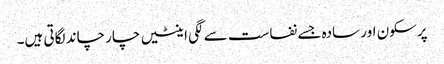
پرسکون اور سادہ جسے نفاست سے لگی اینٹیں چار چاند لگاتی ہیں۔